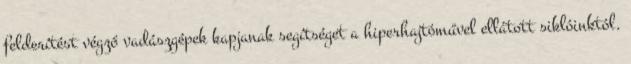
felderítést végző vadászgépek kapjanak segítséget a hiperhajtóművel ellátott siklóinktól.